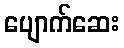
ပျောက်ဆေး